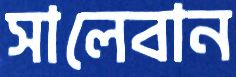
সালেবান